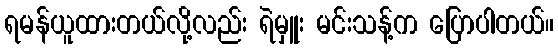
ရမန်ယူထားတယ်လို့လည်း ရဲမှူး မင်းသန့်က ပြောပါတယ်။